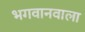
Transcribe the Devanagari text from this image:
भगवानवाला